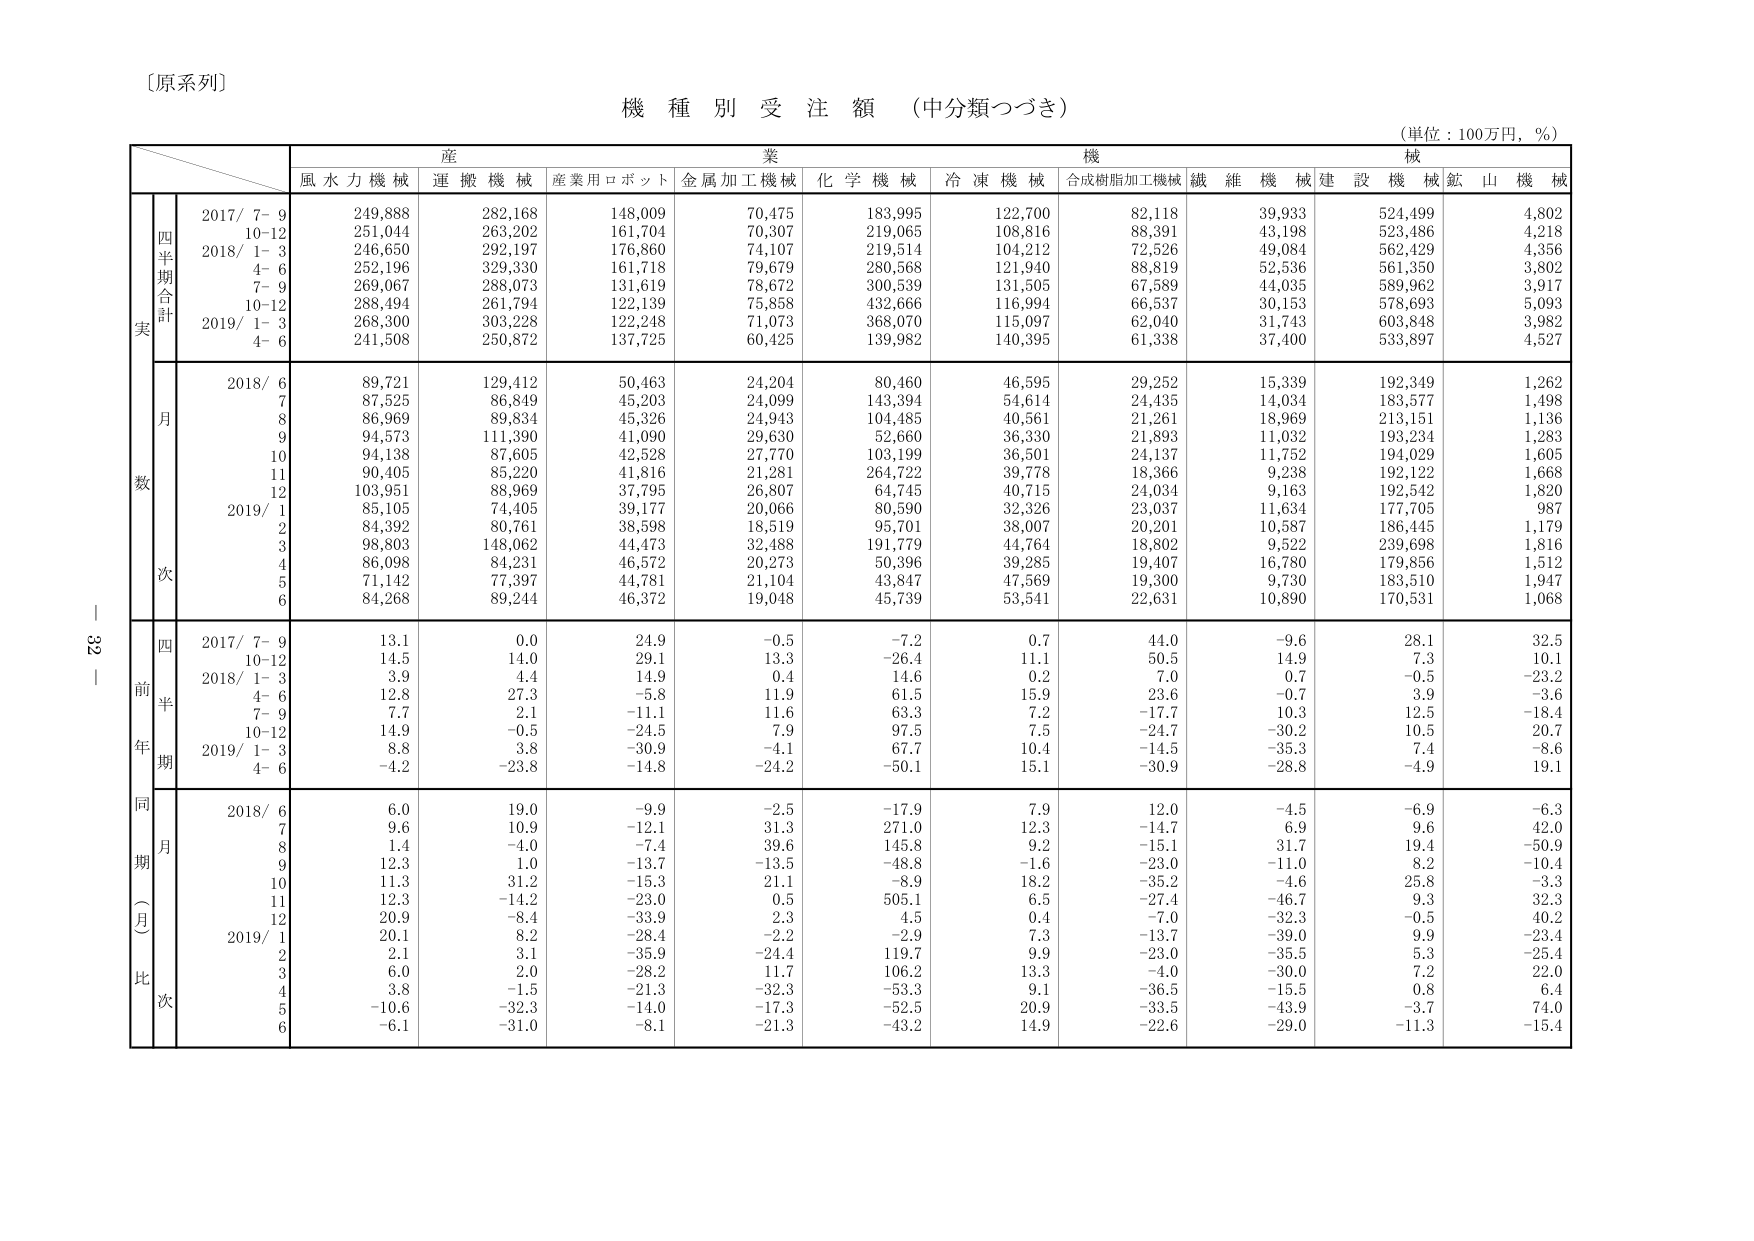
〔原系列〕

機 種 別 受 注 額 （中分類つづき）

（単位：100万円，％）